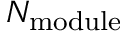
N _ { \mathrm { m o d u l e } }